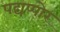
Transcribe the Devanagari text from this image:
पद्यप्पोर